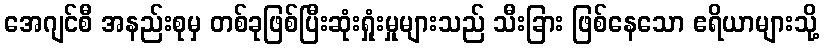
အေဂျင်စီ အနည်းစုမှ တစ်ခုဖြစ်ပြီးဆုံးရှုံးမှုများသည် သီးခြား ဖြစ်နေသော ဧရိယာများသို့